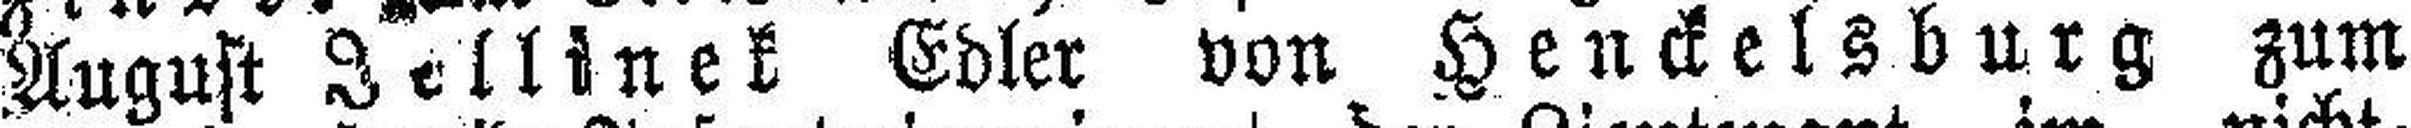
August Jollinek Edler von Henckelsburg zum